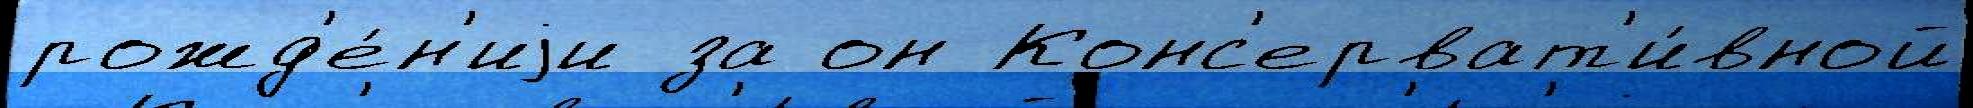
рожд'е́н'иjи за он Конс'ерват'и́вной